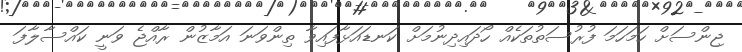
ޖިންސަށް ހަމަހަމަ ފުރުސަތުތަކެއް ހޯދައިދިނުމަށް ކަނޑައަޅާފައިވާ ތިންވަނަ އަމާޒުން ރާއްޖެ ވަނީ ކައްސާލާފަ